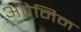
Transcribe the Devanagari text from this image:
अपेनिन